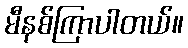
မီနစ်ကြာပါတယ်။